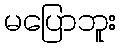
မပြောဘူး